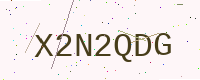
Text: X2N2QDG